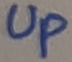
Text: Up